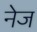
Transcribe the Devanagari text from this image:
नेज